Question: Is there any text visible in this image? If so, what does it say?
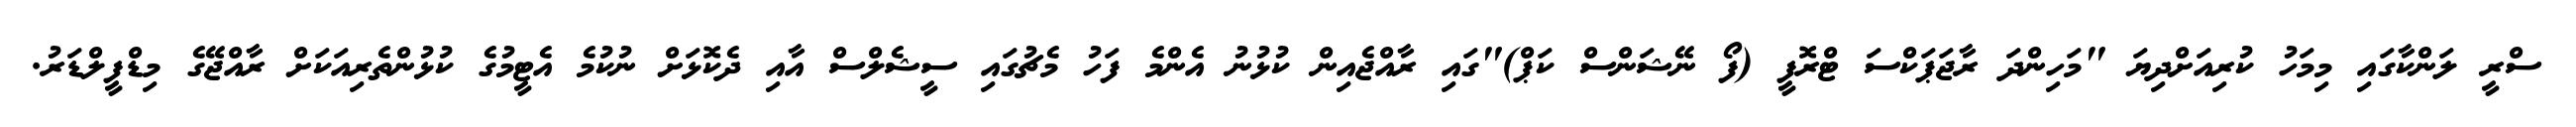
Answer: ސްރީ ލަންކާގައި މިމަހު ކުރިއަށްދިޔަ "މަހިންދަ ރާޖަޕަކްސަ ޓްރޮފީ (ފޯ ނޭޝަންސް ކަޕް)"ގައި ރާއްޖެއިން ކުޅުނު އެންމެ ފަހު މެޗުގައި ސީޝެލްސް އާއި ދެކޮޅަށް ނުކުމެ އެޓީމުގެ ކުޅުންތެރިއަކަށް ރާއްޖޭގެ މިޑްފީލްޑަރު.